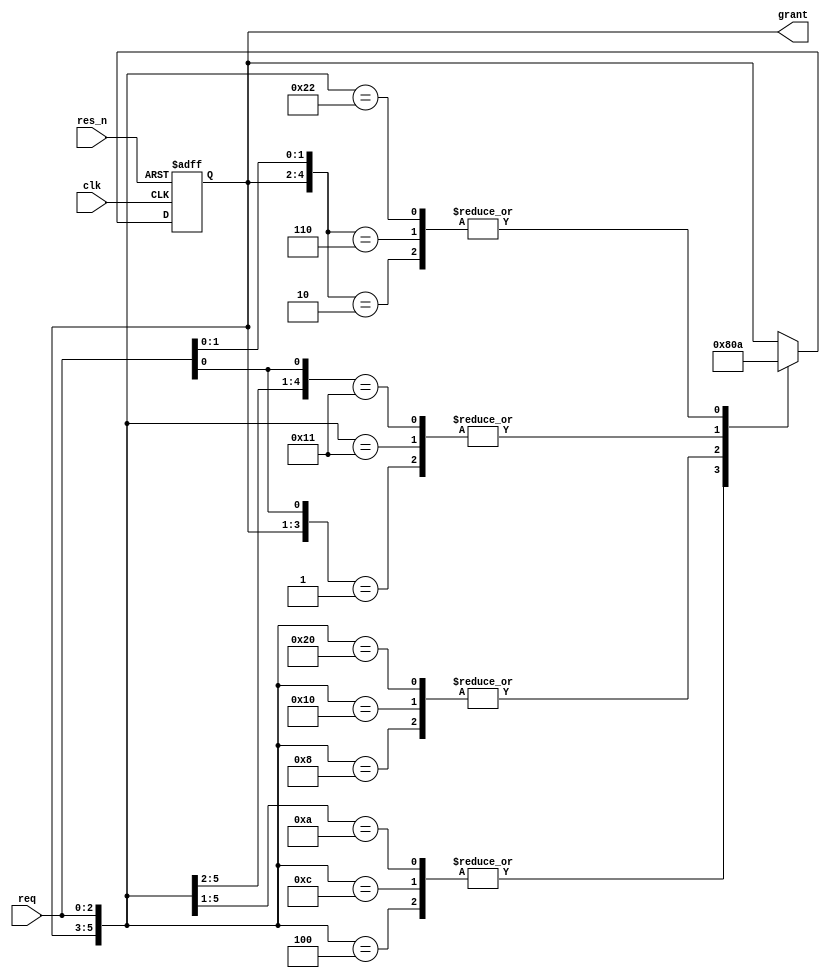
module Arbiter
    (
        input clk,
	    input res_n,
        input wire[2:0] req,
        output wire[2:0] grant
    );
    
    reg[2:0] state_reg;
    assign grant = state_reg;

    always @(posedge clk or negedge res_n) 
	begin
        if(res_n == 0)
        begin
            state_reg  <= {3{1'b0}};
        end
        else
        begin
            casex({state_reg, req})
                // state 000
                6'b000xx1:
                    state_reg <= 3'b001;
                6'b000x10:
                    state_reg <= 3'b010;
                6'b000100:
                    state_reg <= 3'b100;
                // state 001    
                6'b001000:
                    state_reg <= 3'b000;
                6'b001x10:
                    state_reg <= 3'b010;
                6'b001100:
                    state_reg <= 3'b100;
                // state 010    
                6'b010000:
                    state_reg <= 3'b000;
                6'b010001:
                    state_reg <= 3'b001;
                6'b01010x:
                    state_reg <= 3'b100;
                // state 100
                6'b100000:
                    state_reg <= 3'b000;
                6'b1000x1:
                    state_reg <= 3'b001;
                6'b100010:
                    state_reg <= 3'b010;
                // the rest
                default:
                    state_reg <= state_reg;
            endcase
        end
    end
endmodule